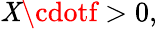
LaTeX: \mathit{X}\cdotf>0,